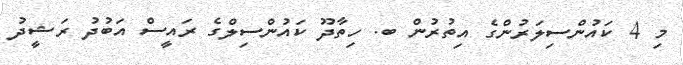
މި 4 ކައުންސިލަރުންގެ އިތުރުން ބ. ހިތާދޫ ކައުންސިލްގެ ރައީސް އަބުދު ރަޝީދު